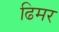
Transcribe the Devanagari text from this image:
ढिमर